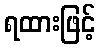
ရထားဖြင့်